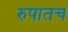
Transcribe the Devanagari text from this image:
रुपातच